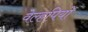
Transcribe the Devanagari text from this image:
वेल्हपियो